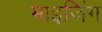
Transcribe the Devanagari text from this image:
माइजिंग